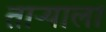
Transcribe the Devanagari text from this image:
ताऱ्‍याला